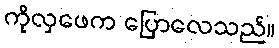
ကိုလှဖေက ပြောလေသည်။